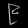
Digit: ၉